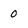
Character: 0